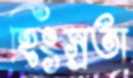
হিংস্রতা